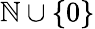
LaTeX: \mathbb{N}\cup\left\{ 0\right\}